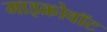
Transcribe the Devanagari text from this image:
माइक्रोवॉट